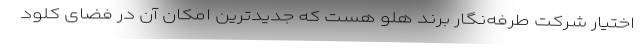
اختیار شرکت طرفه‌نگار برند هلو هست که جدیدترین امکان آن در فضای کلود